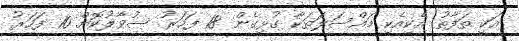
އަކީ ތަފާތު އެކިއެކި މައްސަލަތަކާ ގުޅިގެން 18 ފަހަރު ސުވާލުކޮށް 10 ފަހަރު